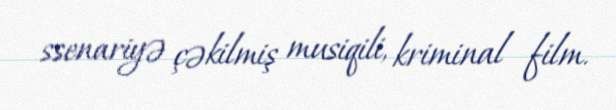
ssenariyə çəkilmiş musiqili, kriminal film.